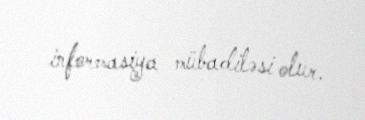
informasiya mübadiləsi olur.